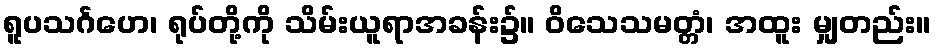
ရူပသင်္ဂဟေ၊ ရုပ်တို့ကို သိမ်းယူရာအခန်း၌။ ဝိသေသမတ္တံ၊ အထူး မျှတည်း။